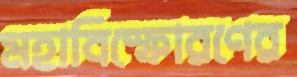
মহাবিস্ফোরণের